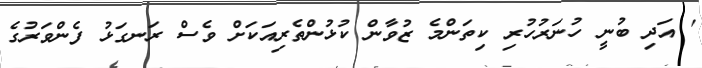
' އަދި ބުނީ ހުނަރުހުރި ކިތަންމެ ޒުވާން ކުޅުންތެރިއަކަށް ވެސް ރަނގަޅު ފެންވަރުގެ